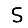
Digit: 5